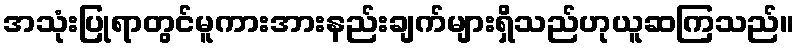
အသုံးပြုရာတွင်မူကားအားနည်းချက်များရှိသည်ဟုယူဆကြသည်။